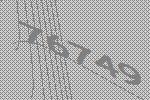
76749